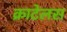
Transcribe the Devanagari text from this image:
क्राटेलस